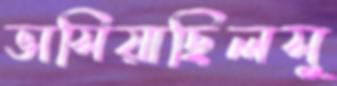
ভাসিয়াছিলসু